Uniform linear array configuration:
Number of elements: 4
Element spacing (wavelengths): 0.75
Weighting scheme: blackman
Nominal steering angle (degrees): -30
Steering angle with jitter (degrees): -28.15
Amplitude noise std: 0.05
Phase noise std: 0.05

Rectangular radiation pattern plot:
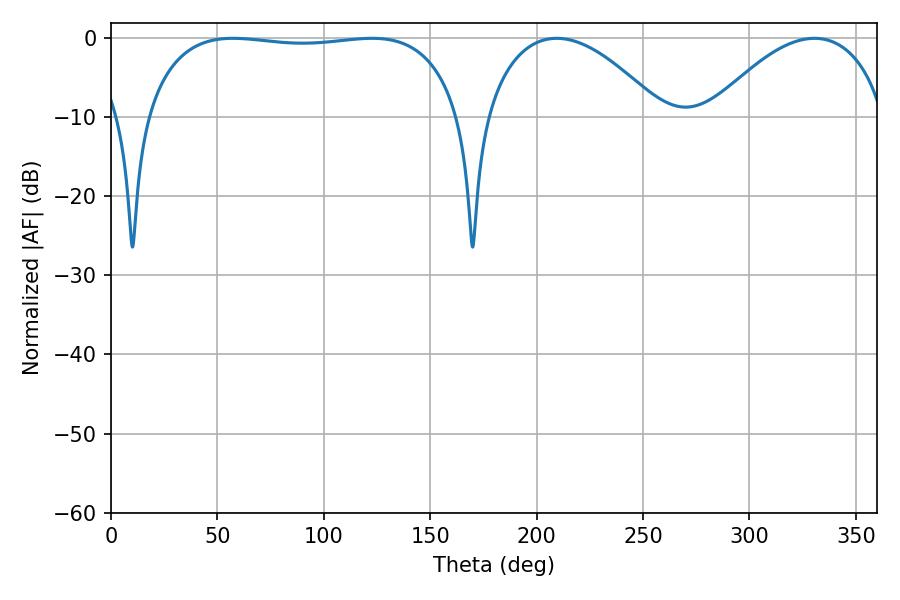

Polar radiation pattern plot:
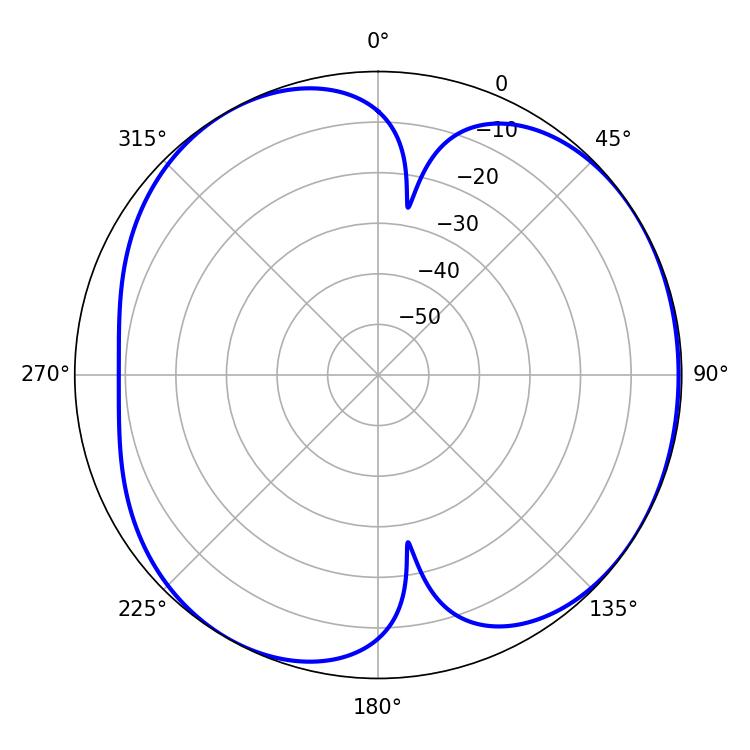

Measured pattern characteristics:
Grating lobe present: TRUE
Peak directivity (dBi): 4.891
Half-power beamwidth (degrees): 118.8
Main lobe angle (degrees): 57.24